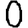
Digit: 0